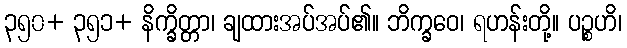
၃၅၀+ ၃၅၁+ နိက္ခိတ္တာ၊ ချထားအပ်အပ်၏။ ဘိက္ခဝေ၊ ရဟန်းတို့။ ပဉ္စဟိ၊